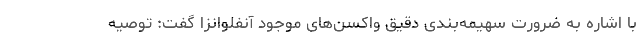
با اشاره به ضرورت سهیمه‌بندی دقیق واکسن‌های موجود آنفلوانزا گفت: توصیه